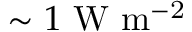
\sim 1 ~ \mathrm { W ~ m ^ { - 2 } }